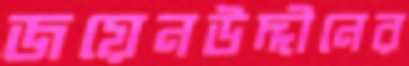
জয়েনউদ্দীনের